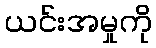
ယင်းအမှုကို